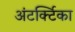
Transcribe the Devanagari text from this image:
अंटर्क्टिका